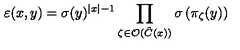
\varepsilon ( x , y ) = \sigma ( y ) ^ { \left| x \right| - 1 } \prod _ { \zeta \in \mathcal { O } ( \hat { C } ( x ) ) } \sigma \left( \pi _ { \zeta } ( y ) \right)